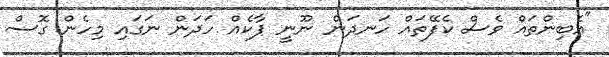
"އެބިންތައް ވެސް ކެފޭތައް ހަނދަން ނޫނީ ޕާކެއް ހަދަން ނަގައި މިހެން ގޮސް